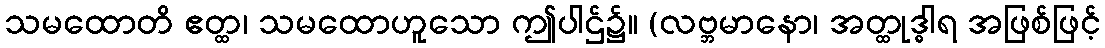
သမထောတိ ဧတ္ထ၊ သမထောဟူသော ဤပါဌ်၌။ (လဗ္ဘမာနော၊ အတ္ထုဒ္ဓါရ အဖြစ်ဖြင့်